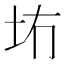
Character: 𪢹